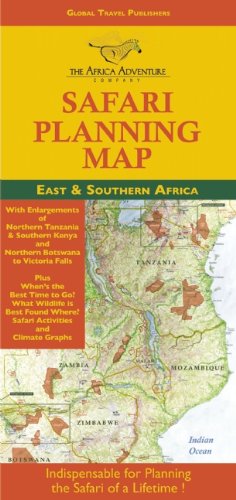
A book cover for Safari Planning Map to East and Southern Africa: Okavango Delta to Victoria Falls, Serengeti to Mt. Kilimanjaro, Best Time to Go/Wildlife Charts; Mark W. Nolting; Sports & Outdoors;